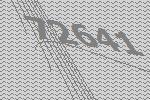
72641